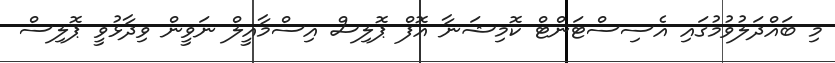
މި ބައްދަލުވުމުގައި އެސިސްޓަންޓް ކޮމިޝަނާ އޮފް ޕޮލިސް އިސްމާއީލް ނަވީން ވިދާޅުވީ ޕޮލިސް